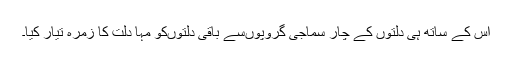
اس کے ساتھ ہی دلتوں کے چار سماجی گروپوںسے باقی دلتوںکو مہا دلت کا زمرہ تیار کیا۔